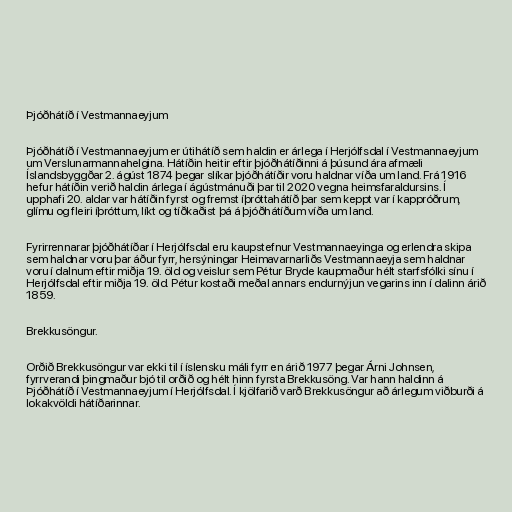
Þjóðhátíð í Vestmannaeyjum

Þjóðhátíð í Vestmannaeyjum er útihátíð sem haldin er árlega í Herjólfsdal í Vestmannaeyjum
um Verslunarmannahelgina. Hátíðin heitir eftir þjóðhátíðinni á þúsund ára afmæli
Íslandsbyggðar 2. ágúst 1874 þegar slíkar þjóðhátíðir voru haldnar víða um land. Frá 1916
hefur hátíðin verið haldin árlega í ágústmánuði þar til 2020 vegna heimsfaraldursins. Í
upphafi 20. aldar var hátíðin fyrst og fremst íþróttahátíð þar sem keppt var í kappróðrum,
glímu og fleiri íþróttum, líkt og tíðkaðist þá á þjóðhátíðum víða um land.

Fyrirrennarar þjóðhátíðar í Herjólfsdal eru kaupstefnur Vestmannaeyinga og erlendra skipa
sem haldnar voru þar áður fyrr, hersýningar Heimavarnarliðs Vestmannaeyja sem haldnar
voru í dalnum eftir miðja 19. öld og veislur sem Pétur Bryde kaupmaður hélt starfsfólki sínu í
Herjólfsdal eftir miðja 19. öld. Pétur kostaði meðal annars endurnýjun vegarins inn í dalinn árið
1859.

Brekkusöngur.

Orðið Brekkusöngur var ekki til í íslensku máli fyrr en árið 1977 þegar Árni Johnsen,
fyrrverandi þingmaður bjó til orðið og hélt hinn fyrsta Brekkusöng. Var hann haldinn á
Þjóðhátíð í Vestmannaeyjum í Herjólfsdal. Í kjölfarið varð Brekkusöngur að árlegum viðburði á
lokakvöldi hátíðarinnar.